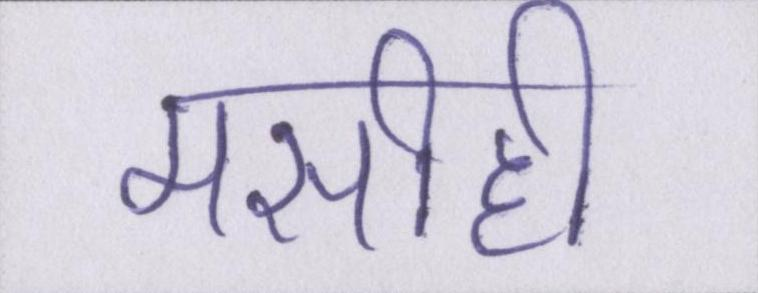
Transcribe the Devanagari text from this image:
मसीही